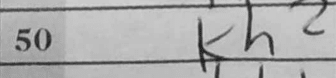
Transcription: Kh2